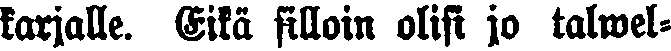
karjalle. Eikä silloin olisi jo talwel-